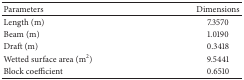
<table><thead><tr><td><b>Parameters</b></td><td><b>Dimensions </b></td></tr></thead><tbody><tr><td>Length (m)</td><td>7.3570</td></tr><tr><td>Beam (m)</td><td>1.0190</td></tr><tr><td>Draft (m)</td><td>0.3418</td></tr><tr><td>Wetted surface area (m<sup>2</sup>)</td><td>9.5441</td></tr><tr><td>Block coefficient</td><td>0.6510</td></tr></tbody></table>